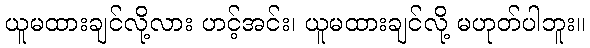
ယူမထားချင်လို့လား ဟင့်အင်း၊ ယူမထားချင်လို့ မဟုတ်ပါဘူး။